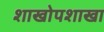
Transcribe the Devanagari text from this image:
शाखोपशाखा